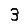
Digit: 3